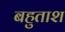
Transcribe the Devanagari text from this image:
बहुताश